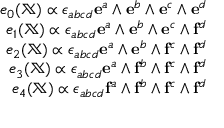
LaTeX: \begin{array} { r } { e _ { 0 } ( \mathbb { X } ) \propto \epsilon _ { a b c d } \mathbf { e } ^ { a } \wedge \mathbf { e } ^ { b } \wedge \mathbf { e } ^ { c } \wedge \mathbf { e } ^ { d } } \\ { e _ { 1 } ( \mathbb { X } ) \propto \epsilon _ { a b c d } \mathbf { e } ^ { a } \wedge \mathbf { e } ^ { b } \wedge \mathbf { e } ^ { c } \wedge \mathbf { f } ^ { d } } \\ { e _ { 2 } ( \mathbb { X } ) \propto \epsilon _ { a b c d } \mathbf { e } ^ { a } \wedge \mathbf { e } ^ { b } \wedge \mathbf { f } ^ { c } \wedge \mathbf { f } ^ { d } } \\ { e _ { 3 } ( \mathbb { X } ) \propto \epsilon _ { a b c d } \mathbf { e } ^ { a } \wedge \mathbf { f } ^ { b } \wedge \mathbf { f } ^ { c } \wedge \mathbf { f } ^ { d } } \\ { e _ { 4 } ( \mathbb { X } ) \propto \epsilon _ { a b c d } \mathbf { f } ^ { a } \wedge \mathbf { f } ^ { b } \wedge \mathbf { f } ^ { c } \wedge \mathbf { f } ^ { d } } \end{array}